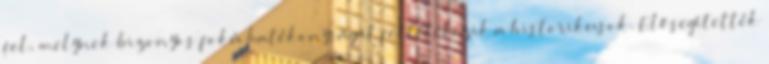
fel, melynek bizonyos fokú hatékonyságát feltételezik a historikusok. Elősegítették